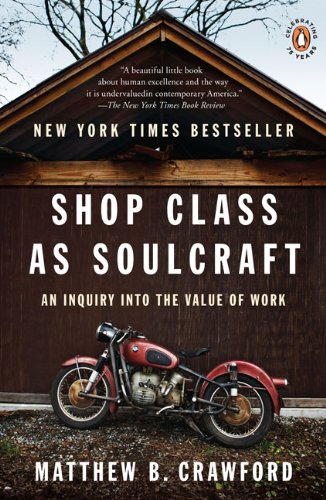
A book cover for Shop Class as Soulcraft: An Inquiry into the Value of Work; Matthew B. Crawford; Business & Money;